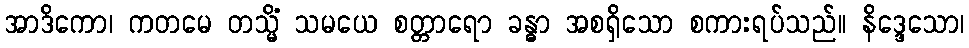
အာဒိကော၊ ကတမေ တသ္မိံ သမယေ စတ္တာရော ခန္ဓာ အစရှိသော စကားရပ်သည်။ နိဒ္ဒေသော၊